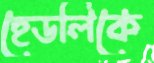
হেডলিকে